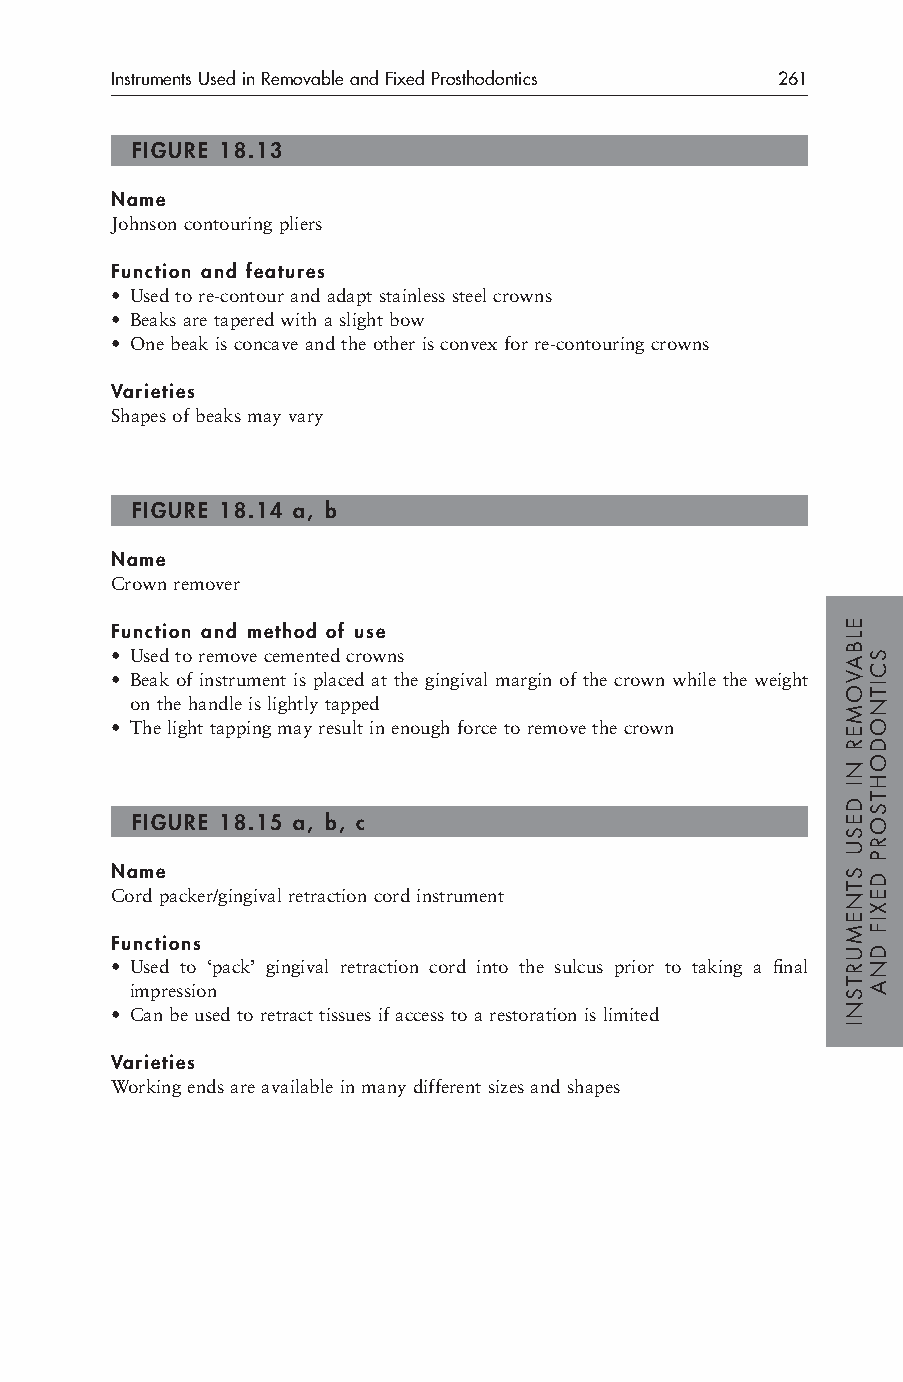
Instruments Used in Removable and Fixed Prosthodontics 261
 FIGURE 18.13
 Name
 Johnson contouring pliers
 Function and features
 • Used to re-contour and adapt stainless steel crowns
 • Beaks are tapered with a slight bow
 • One beak is concave and the other is convex for re-contouring crowns
 Varieties
 Shapes of beaks may vary
 FIGURE 18.14 a, b
 Name
 Crown remover
 Function and method of use
 • Used to remove cemented crowns
 • Beak of instrument is placed at the gingival margin of the crown while the weight
 on the handle is lightly tapped
 • The light tapping may result in enough force to remove the crown
 FIGURE 18.15 a, b, c
 Name
 Cord packer/gingival retraction cord instrument
 Functions
 • Used to ‘pack’ gingival retraction cord into the sulcus prior to taking a final
 impression
 • Can be used to retract tissues if access to a restoration is limited
 Varieties
 Working ends are available in many different sizes and shapes
 ELBAVOMER
 NI
 DESU
 STNEMURTSNI
 SCITNODOHTSORP
 DEXIF
 DNA